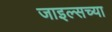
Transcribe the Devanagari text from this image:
जाइल्सच्या